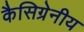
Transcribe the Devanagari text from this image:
कैसिग्रेनीय